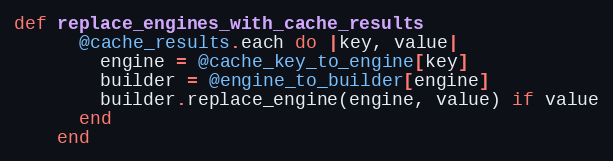
Language: Ruby
def replace_engines_with_cache_results
      @cache_results.each do |key, value|
        engine = @cache_key_to_engine[key]
        builder = @engine_to_builder[engine]
        builder.replace_engine(engine, value) if value
      end
    end